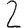
Digit: 2